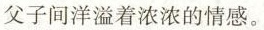
父子间洋溢着浓浓的情感。